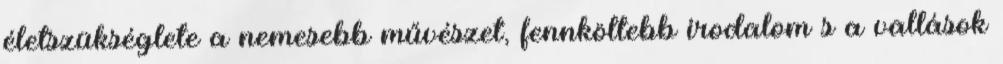
életszükséglete a nemesebb művészet, fennköltebb irodalom s a vallások